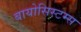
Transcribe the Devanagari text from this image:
बायोसिस्टम्स